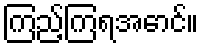
ကြည့်ကြရအောင်။